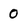
Character: 0